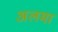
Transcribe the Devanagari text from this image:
अलमा